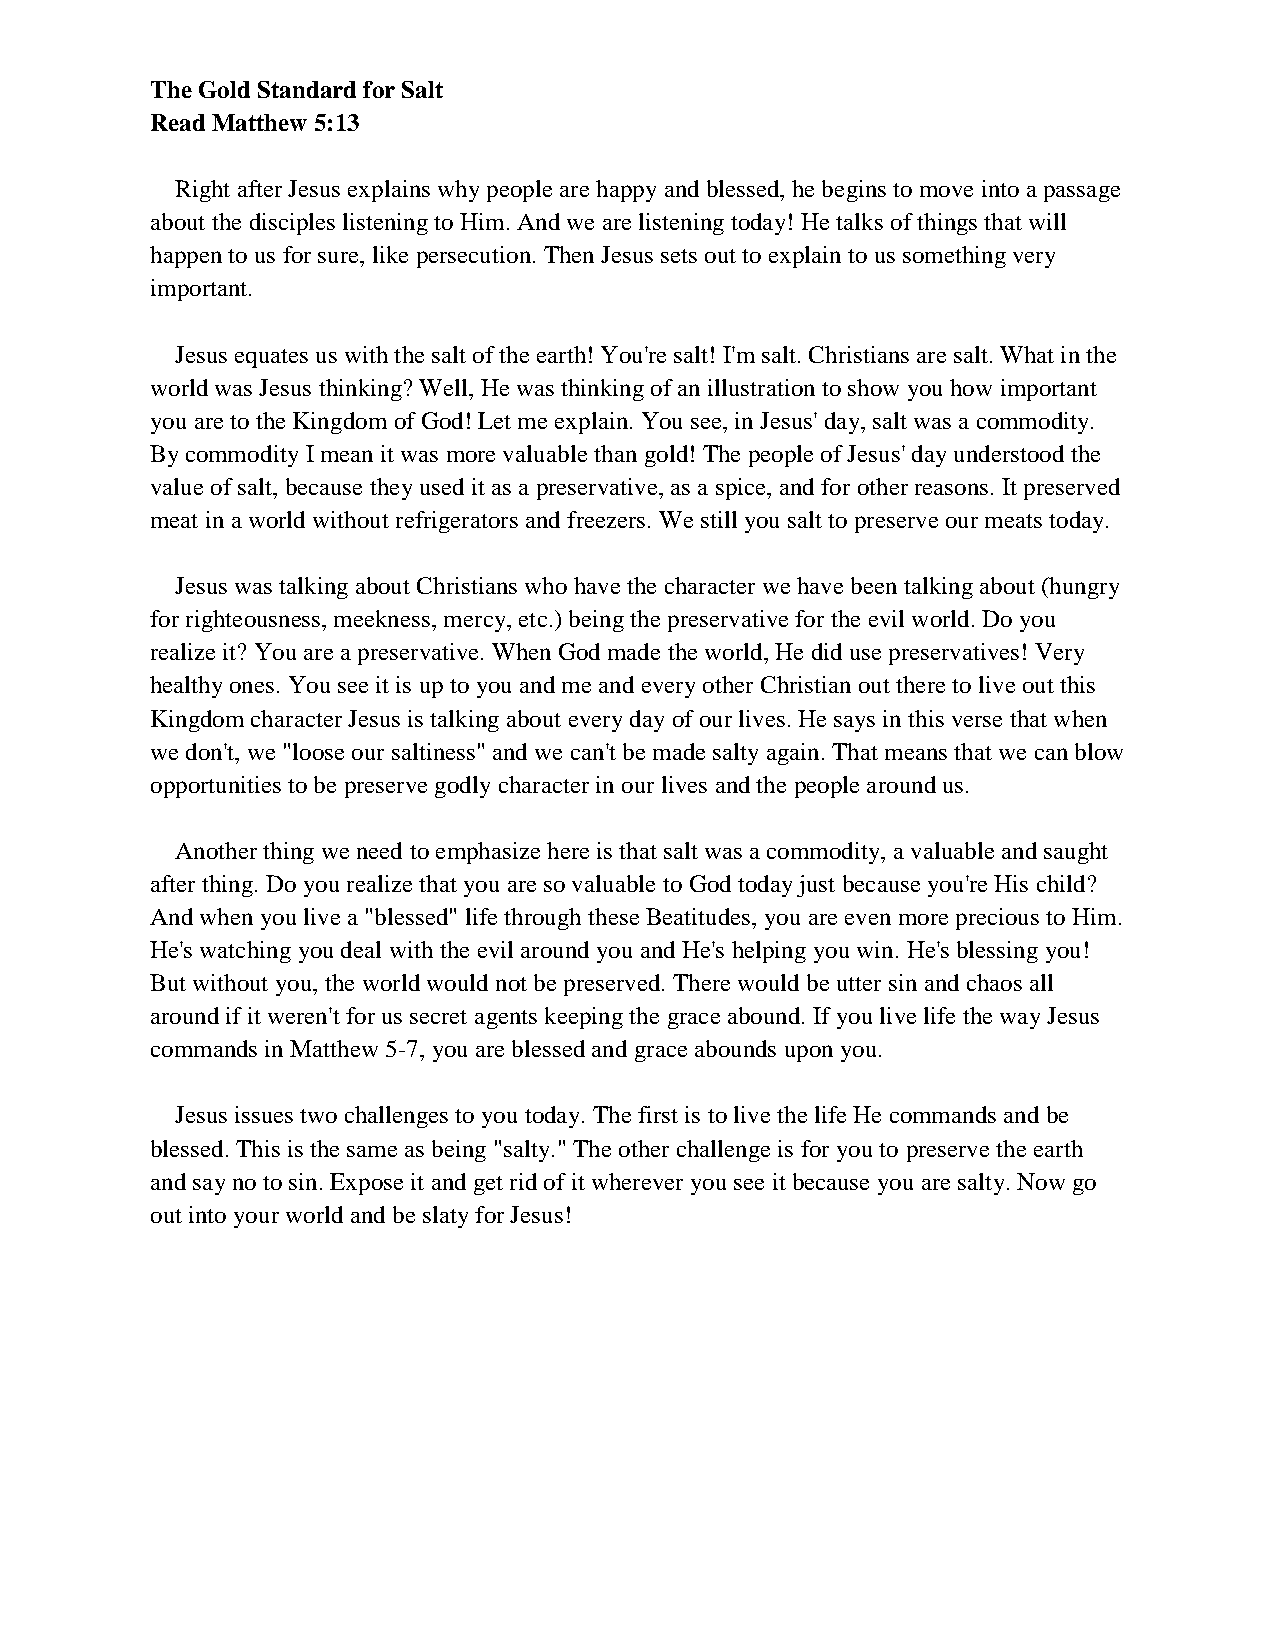
The Gold Standard for Salt
 Read Matthew 5:13
 Right after Jesus explains why people are happy and blessed, he begins to move into a passage
 about the disciples listening to Him. And we are listening today! He talks of things that will
 happen to us for sure, like persecution. Then Jesus sets out to explain to us something very
 important.
 Jesus equates us with the salt of the earth! You're salt! I'm salt. Christians are salt. What in the
 world was Jesus thinking? Well, He was thinking of an illustration to show you how important
 you are to the Kingdom of God! Let me explain. You see, in Jesus' day, salt was a commodity.
 By commodity I mean it was more valuable than gold! The people of Jesus' day understood the
 value of salt, because they used it as a preservative, as a spice, and for other reasons. It preserved
 meat in a world without refrigerators and freezers. We still you salt to preserve our meats today.
 Jesus was talking about Christians who have the character we have been talking about (hungry
 for righteousness, meekness, mercy, etc.) being the preservative for the evil world. Do you
 realize it? You are a preservative. When God made the world, He did use preservatives! Very
 healthy ones. You see it is up to you and me and every other Christian out there to live out this
 Kingdom character Jesus is talking about every day of our lives. He says in this verse that when
 we don't, we "loose our saltiness" and we can't be made salty again. That means that we can blow
 opportunities to be preserve godly character in our lives and the people around us.
 Another thing we need to emphasize here is that salt was a commodity, a valuable and saught
 after thing. Do you realize that you are so valuable to God today just because you're His child?
 And when you live a "blessed" life through these Beatitudes, you are even more precious to Him.
 He's watching you deal with the evil around you and He's helping you win. He's blessing you!
 But without you, the world would not be preserved. There would be utter sin and chaos all
 around if it weren't for us secret agents keeping the grace abound. If you live life the way Jesus
 commands in Matthew 5-7, you are blessed and grace abounds upon you.
 Jesus issues two challenges to you today. The first is to live the life He commands and be
 blessed. This is the same as being "salty." The other challenge is for you to preserve the earth
 and say no to sin. Expose it and get rid of it wherever you see it because you are salty. Now go
 out into your world and be slaty for Jesus!